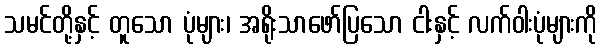
သမင်တို့နှင့် တူသော ပုံများ၊ အရိုးသာဖော်ပြသော ငါးနှင့် လက်ဝါးပုံများကို